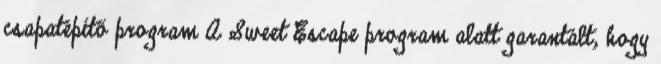
csapatépítő program A Sweet Escape program alatt garantált, hogy